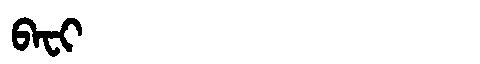
Manchu: ᠪᠠᠸᡳ
Romanization: BAFI